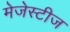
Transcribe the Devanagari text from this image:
मेजेस्टीज